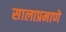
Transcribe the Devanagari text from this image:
सालाप्रमाणे